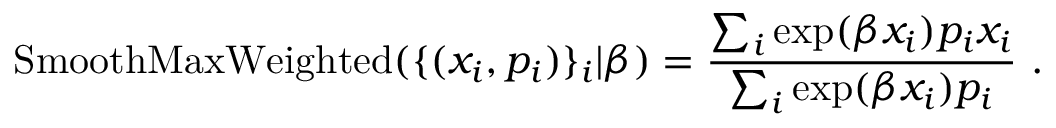
\operatorname { S m o o t h M a x W e i g h t e d } ( \{ ( x _ { i } , p _ { i } ) \} _ { i } | \beta ) = \frac { \sum _ { i } \exp ( \beta x _ { i } ) p _ { i } x _ { i } } { \sum _ { i } \exp ( \beta x _ { i } ) p _ { i } } \mathrm { ~ . ~ }